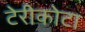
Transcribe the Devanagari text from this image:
टेरीकोटा